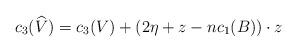
LaTeX: \begin{align*}c_{3}(\widehat{V})=c_{3}(V)+ (2\eta+z-nc_{1}(B))\cdot z\end{align*}